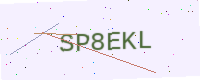
Text: SP8EKL